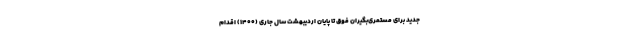
جدید برای مستمری‌بگیران فوق تا پایان اردیبهشت سال جاری (۱۴۰۰) اقدام